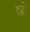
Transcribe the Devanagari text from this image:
षं